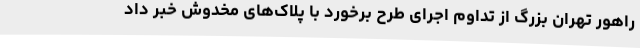
راهور تهران بزرگ از تداوم اجرای طرح برخورد با پلاک‌های مخدوش خبر داد